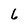
Character: 6